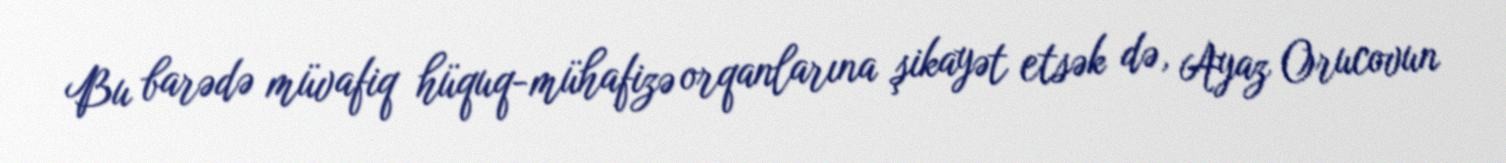
Bu barədə müvafiq hüquq-mühafizə orqanlarına şikayət etsək də, Ayaz Orucovun